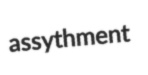
assythment